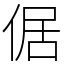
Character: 倨